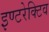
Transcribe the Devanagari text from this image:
इण्टरेक्टिव